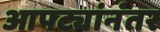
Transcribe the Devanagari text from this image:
आपट्यांनंतर